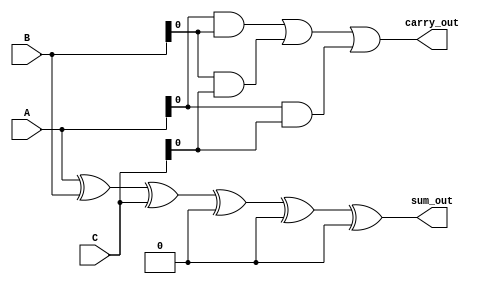
module multi_level_csa (
    input [3:0] A,  // First operand
    input [3:0] B,  // Second operand
    input [3:0] C,  // Third operand
    output [3:0] sum_out,  // Final sum output
    output carry_out        // Final carry output
);

    // Intermediate sums and carries
    wire [3:0] sum1, sum2, carry1, carry2;

    // First level of CSA
    assign sum1 = A ^ B ^ C;           // Sum bits
    assign carry1 = (A & B) | (B & C) | (A & C); // Carry bits

    // Second level of CSA (if needed, can be expanded for more inputs)
    // For simplicity, we will add another set of inputs (D, E, F) in this example
    // Assuming we have additional inputs D, E, F for the second level
    // Here we will just use carry1 as a placeholder for the next level
    // In a real scenario, you would have more inputs to process.

    // For demonstration, let's assume we have another set of inputs
    wire [3:0] D, E, F; // Additional inputs for the second level
    assign D = 4'b0000; // Placeholder for additional inputs
    assign E = 4'b0000; // Placeholder for additional inputs
    assign F = 4'b0000; // Placeholder for additional inputs

    wire [3:0] sum2;
    wire [3:0] carry2;

    assign sum2 = sum1 ^ D ^ E ^ F; // Sum bits from first level and new inputs
    assign carry2 = (sum1 & D) | (D & E) | (E & F) | (sum1 & E) | (sum1 & F); // Carry bits

    // Final carry propagation
    assign sum_out = sum2; // Final sum output
    assign carry_out = carry1 | carry2; // Final carry output

endmodule